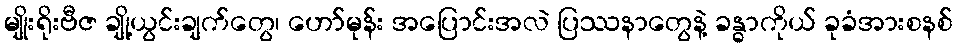
မျိုးရိုးဗီဇ ချို့ယွင်းချက်တွေ၊ ဟော်မုန်း အပြောင်းအလဲ ပြဿနာတွေနဲ့ ခန္ဓာကိုယ် ခုခံအားစနစ်